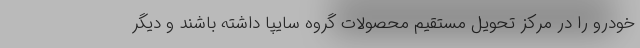
خودرو را در مرکز تحویل مستقیم محصولات گروه سایپا داشته باشند و دیگر